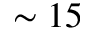
\sim 1 5